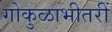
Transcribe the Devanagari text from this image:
गोकुळाभीतरीं